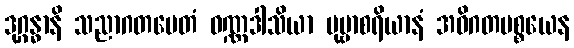
ဒုဂ္ဂန္ဓာနိ သညာဂတမေတံ ဝဏ္ဏဒါသိယာ ပုဗ္ဗာစရိယာနံ အဝိဂတပစ္စယေန